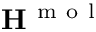
{ \bf { H } } ^ { \mathrm { ~ m ~ o ~ l ~ } }